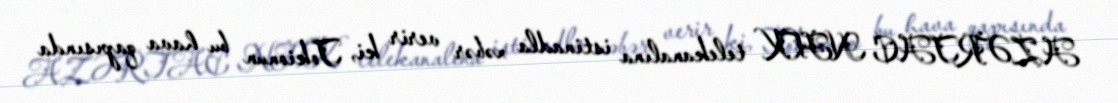
AZƏRTAC NHK telekanalına istinadla xəbər verir ki, Tokionun bu hava qapısında